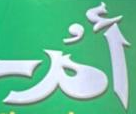
أم